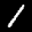
Label: 1